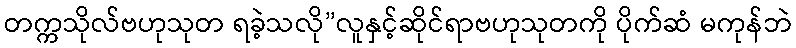
တက္ကသိုလ်ဗဟုသုတ ရခဲ့သလို”လူနှင့်ဆိုင်ရာဗဟုသုတကို ပိုက်ဆံ မကုန်ဘဲ